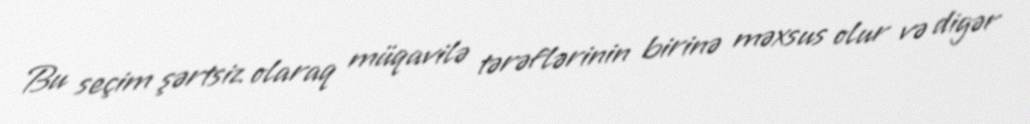
Bu seçim şərtsiz olaraq müqavilə tərəflərinin birinə məxsus olur və digər